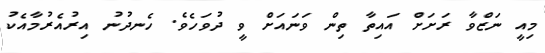
މިއީ ނަޒްވާ ރަށަށް އައިތާ ތިން ވަނައަށް ވީ ދުވަހެވެ. ހެނދުނު އިރުއެރުމާއެކު